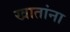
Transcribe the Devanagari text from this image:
खातांना